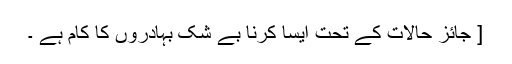
[ جائز حالات کے تحت ایسا کرنا بے شک بہادروں کا کام ہے ۔